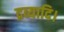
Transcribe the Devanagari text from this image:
द्रव्यादि।